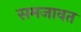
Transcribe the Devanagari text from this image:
समजावत